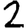
Digit: 2